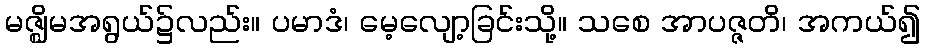
မဇ္ဈိမအရွယ်၌လည်း။ ပမာဒံ၊ မေ့လျော့ခြင်းသို့။ သစေ အာပဇ္ဇတိ၊ အကယ်၍